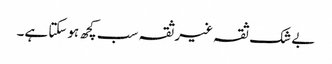
بے شک ثقہ غیرثقہ سب کچھ ہوسکتا ہے۔